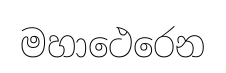
මහාථෙරෙන